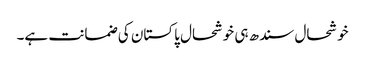
خوشحال سندھ ہی خوشحال پاکستان کی ضمانت ہے۔